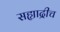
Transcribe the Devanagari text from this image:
सह्याद्रीच